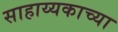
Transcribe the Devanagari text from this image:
साहाय्यकाच्या